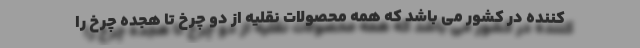
کننده در کشور می باشد که همه محصولات نقلیه از دو چرخ تا هجده چرخ را